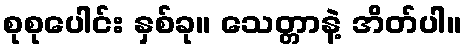
စုစုပေါင်း နှစ်ခု။ သေတ္တာနဲ့ အိတ်ပါ။